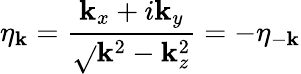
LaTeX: \eta_{\mathbf{k}}=\frac{{\mathbf{k}_{x}+i\mathbf{k}_{y}}}{{\sqrt{}{{\mathbf{k}^{2}-\mathbf{k}_{z}^{2}}}}}=-\eta_{-\mathbf{k}}